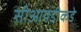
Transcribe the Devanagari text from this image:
सीआयडीकडे